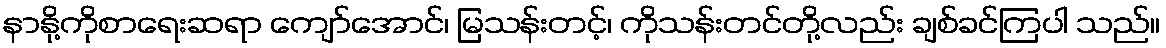
နာနို့ကိုစာရေးဆရာ ကျော်အောင်၊ မြသန်းတင့်၊ ကိုသန်းတင်တို့လည်း ချစ်ခင်ကြပါ သည်။